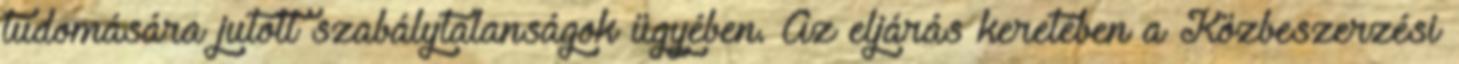
tudomására jutott szabálytalanságok ügyében. Az eljárás keretében a Közbeszerzési